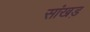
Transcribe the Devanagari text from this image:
सांखड़